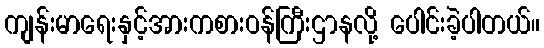
ကျန်းမာရေးနှင့်အားကစားဝန်ကြီးဌာနလို့ ပေါင်းခဲ့ပါတယ်။